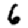
Digit: 6